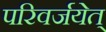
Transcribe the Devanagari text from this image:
परिवर्जयेत्